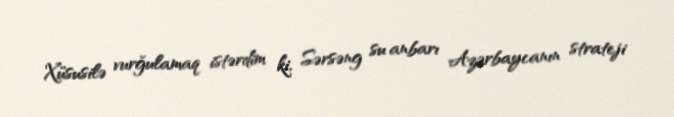
Xüsusilə vurğulamaq istərdim ki, Sərsəng su anbarı Azərbaycanın strateji